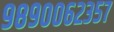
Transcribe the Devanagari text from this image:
९८९००६२३५७